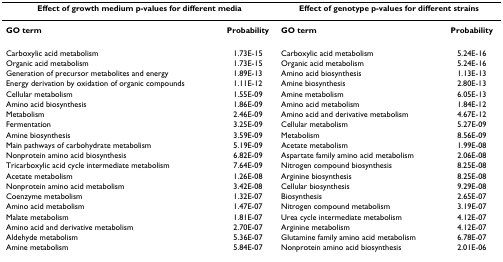
<table><thead><tr><td colspan="2"><b>Effect of growth medium p-values for different media</b></td><td colspan="2"><b>Effect of genotype p-values for different strains</b></td></tr></thead><tbody><tr><td><b>GO term</b></td><td><b>Probability</b></td><td><b>GO term</b></td><td><b>Probability</b></td></tr><tr><td>Carboxylic acid metabolism</td><td>1.73E-15</td><td>Carboxylic acid metabolism</td><td>5.24E-16</td></tr><tr><td>Organic acid metabolism</td><td>1.73E-15</td><td>Organic acid metabolism</td><td>5.24E-16</td></tr><tr><td>Generation of precursor metabolites and energy</td><td>1.89E-13</td><td>Amino acid biosynthesis</td><td>1.13E-13</td></tr><tr><td>Energy derivation by oxidation of organic compounds</td><td>1.11E-12</td><td>Amine biosynthesis</td><td>2.80E-13</td></tr><tr><td>Cellular metabolism</td><td>1.55E-09</td><td>Amine metabolism</td><td>6.05E-13</td></tr><tr><td>Amino acid biosynthesis</td><td>1.86E-09</td><td>Amino acid metabolism</td><td>1.84E-12</td></tr><tr><td>Metabolism</td><td>2.46E-09</td><td>Amino acid and derivative metabolism</td><td>4.67E-12</td></tr><tr><td>Fermentation</td><td>3.25E-09</td><td>Cellular metabolism</td><td>5.27E-09</td></tr><tr><td>Amine biosynthesis</td><td>3.59E-09</td><td>Metabolism</td><td>8.56E-09</td></tr><tr><td>Main pathways of carbohydrate metabolism</td><td>5.19E-09</td><td>Acetate metabolism</td><td>1.99E-08</td></tr><tr><td>Nonprotein amino acid biosynthesis</td><td>6.82E-09</td><td>Aspartate family amino acid metabolism</td><td>2.06E-08</td></tr><tr><td>Tricarboxylic acid cycle intermediate metabolism</td><td>7.64E-09</td><td>Nitrogen compound biosynthesis</td><td>8.25E-08</td></tr><tr><td>Acetate metabolism</td><td>1.26E-08</td><td>Arginine biosynthesis</td><td>8.25E-08</td></tr><tr><td>Nonprotein amino acid metabolism</td><td>3.42E-08</td><td>Cellular biosynthesis</td><td>9.29E-08</td></tr><tr><td>Coenzyme metabolism</td><td>1.32E-07</td><td>Biosynthesis</td><td>2.65E-07</td></tr><tr><td>Amino acid metabolism</td><td>1.47E-07</td><td>Nitrogen compound metabolism</td><td>3.19E-07</td></tr><tr><td>Malate metabolism</td><td>1.81E-07</td><td>Urea cycle intermediate metabolism</td><td>4.12E-07</td></tr><tr><td>Amino acid and derivative metabolism</td><td>2.70E-07</td><td>Arginine metabolism</td><td>4.12E-07</td></tr><tr><td>Aldehyde metabolism</td><td>5.36E-07</td><td>Glutamine family amino acid metabolism</td><td>6.78E-07</td></tr><tr><td>Amine metabolism</td><td>5.84E-07</td><td>Nonprotein amino acid biosynthesis</td><td>2.01E-06</td></tr></tbody></table>